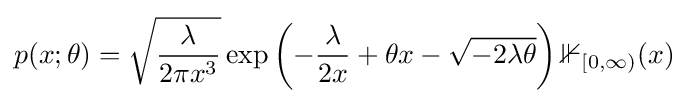
p(x;\theta )={\sqrt {\frac {\lambda }{2\pi x^{3}}}}\exp \left(-{\frac {\lambda }{2x}}+\theta x-{\sqrt {-2\lambda \theta }}\right)\mathbb {1} _{[0,\infty )}(x)